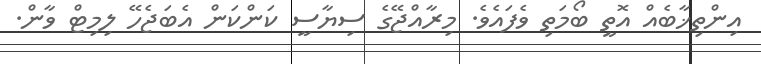
އިންތިޚާބެއް އޮތީ ބޯމަތި ވެފައެެވެ. މިރާއްޖޭގެ ސިޔާސީ ކަންކަން އެބަޖެހޭ ލިމިޓް ވާން.